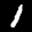
Label: 1